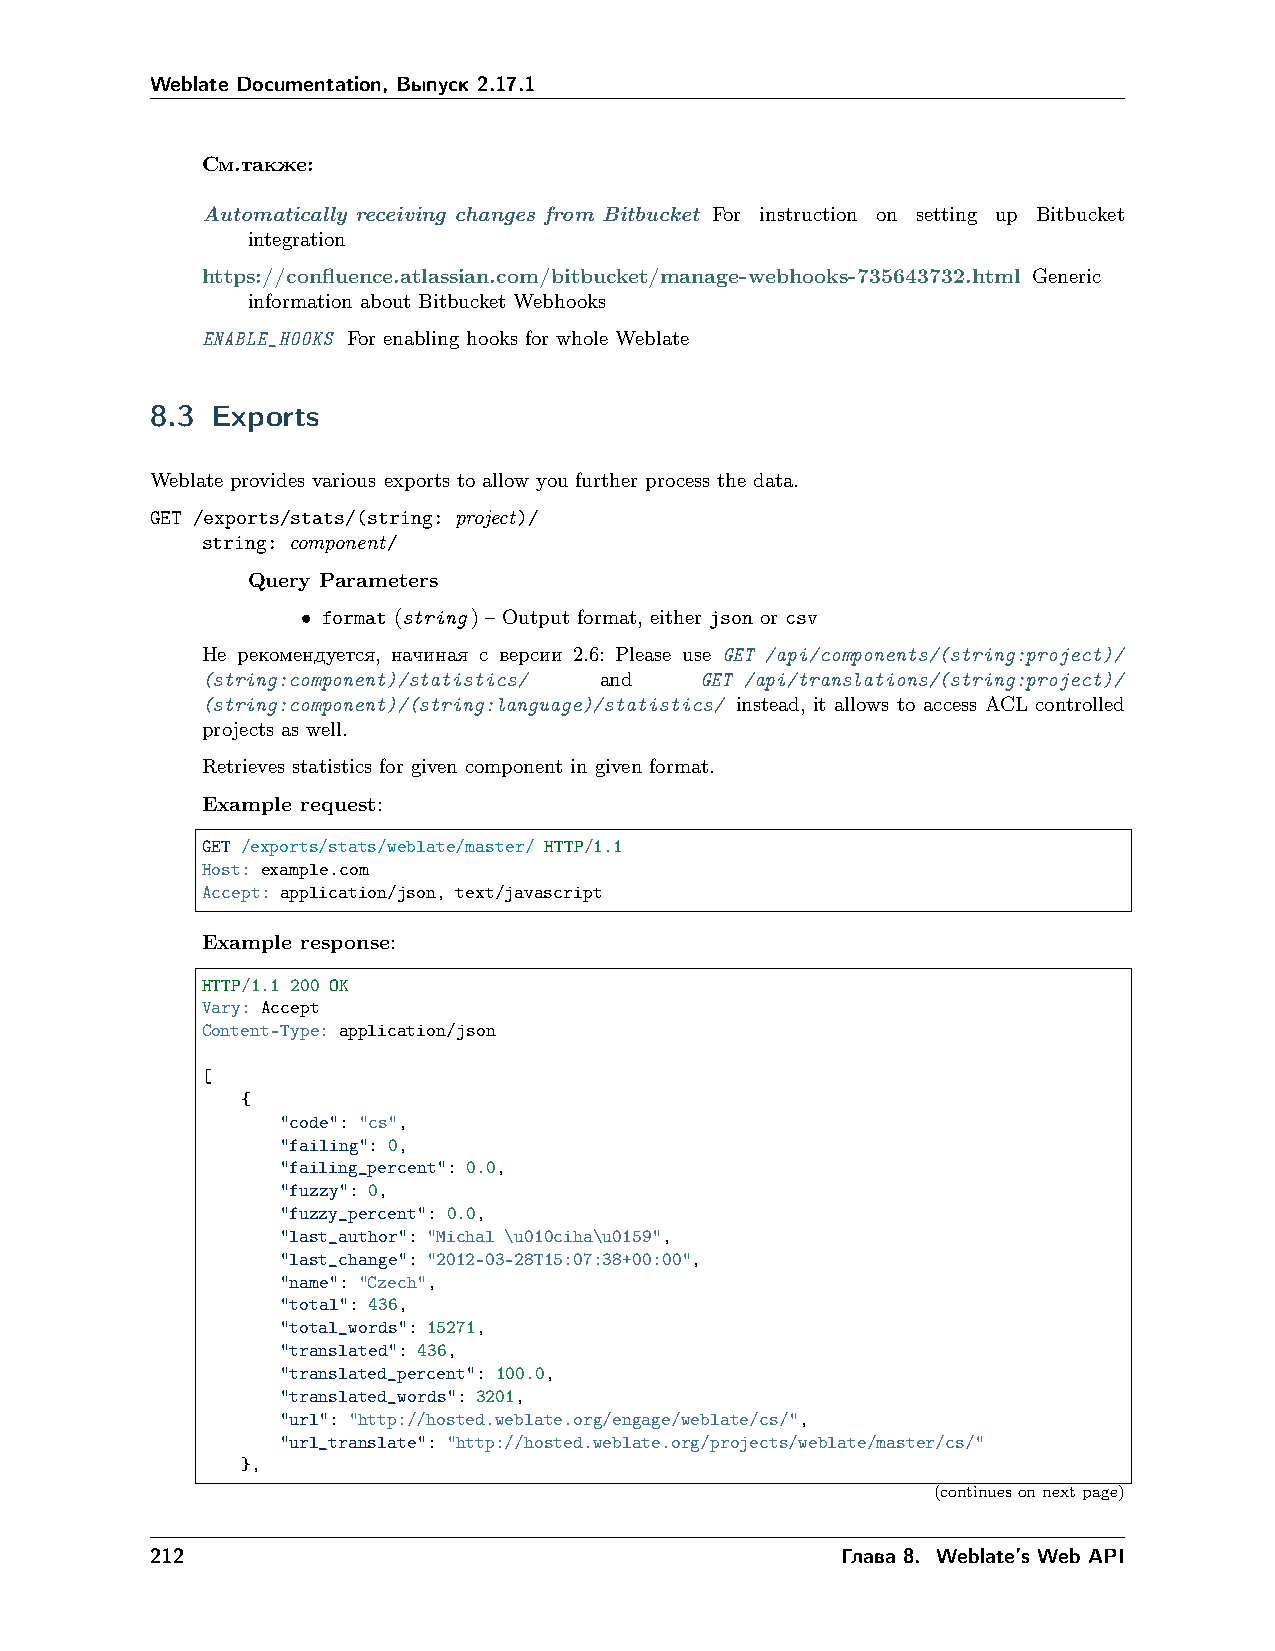
Weblate Documentation, Выпуск 2.17.1
 См.также:
 Automatically receiving changes from Bitbucket For instruction on setting up Bitbucket
 integration
 https://confluence.atlassian.com/bitbucket/manage-webhooks-735643732.html Generic
 information about Bitbucket Webhooks
 ENABLE_HOOKS For enabling hooks for whole Weblate
 8.3 Exports
 Weblate provides various exports to allow you further process the data.
 GET /exports/stats/(string: project)/
 string: component/
 Query Parameters
 • format (string) – Output format, either json or csv
 Не рекомендуется, начиная с версии 2.6: Please use GET /api/components/(string:project)/
 (string:component)/statistics/ and GET /api/translations/(string:project)/
 (string:component)/(string:language)/statistics/ instead, it allows to access ACL controlled
 projects as well.
 Retrieves statistics for given component in given format.
 Example request:
 GET /exports/stats/weblate/master/ HTTP/1.1
 Host: example.com
 Accept: application/json, text/javascript
 Example response:
 HTTP/1.1 200 OK
 Vary: Accept
 Content-Type: application/json
 [
 {
 "code": "cs",
 "failing": 0,
 "failing_percent": 0.0,
 "fuzzy": 0,
 "fuzzy_percent": 0.0,
 "last_author": "Michal \u010ciha\u0159",
 "last_change": "2012-03-28T15:07:38+00:00",
 "name": "Czech",
 "total": 436,
 "total_words": 15271,
 "translated": 436,
 "translated_percent": 100.0,
 "translated_words": 3201,
 "url": "http://hosted.weblate.org/engage/weblate/cs/",
 "url_translate": "http://hosted.weblate.org/projects/weblate/master/cs/"
 },
 (continuesonnextpage)
 212                                           Глава 8. Weblate’s Web API